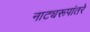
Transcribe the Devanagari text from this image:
नाट्यरूपांतरे